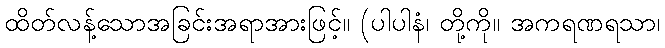
ထိတ်လန့်သောအခြင်းအရာအားဖြင့်။ (ပါပါနံ၊ တို့ကို။ အကရဏရသာ၊